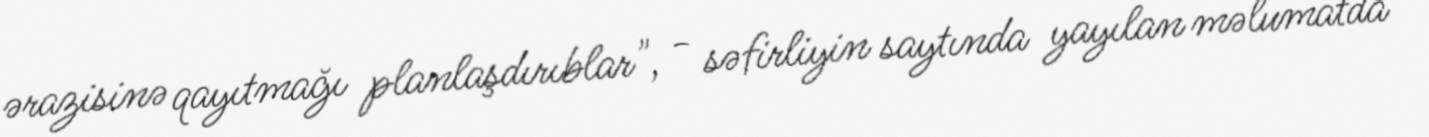
ərazisinə qayıtmağı planlaşdırıblar", - səfirliyin saytında yayılan məlumatda